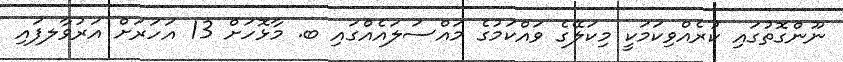
ނޫންގޮތުގައި ކުރެއްވިކަމަކީ މިކަލޭގެ ވައްކަމުގެ މައްސަލައެއްގައި ބ. މާޅޮހަށް 13 އަހަރަށް އަރުވާލފައި